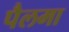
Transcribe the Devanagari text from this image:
पैलमा